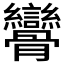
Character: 𩪾